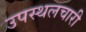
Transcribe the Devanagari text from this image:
उपस्थलचारी